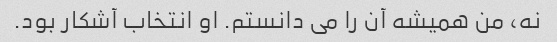
نه، من همیشه آن را می دانستم. او انتخاب آشکار بود.